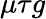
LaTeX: \mu\tau g